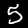
Label: 5